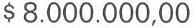
$ 8.000.000,00